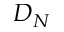
D _ { N }